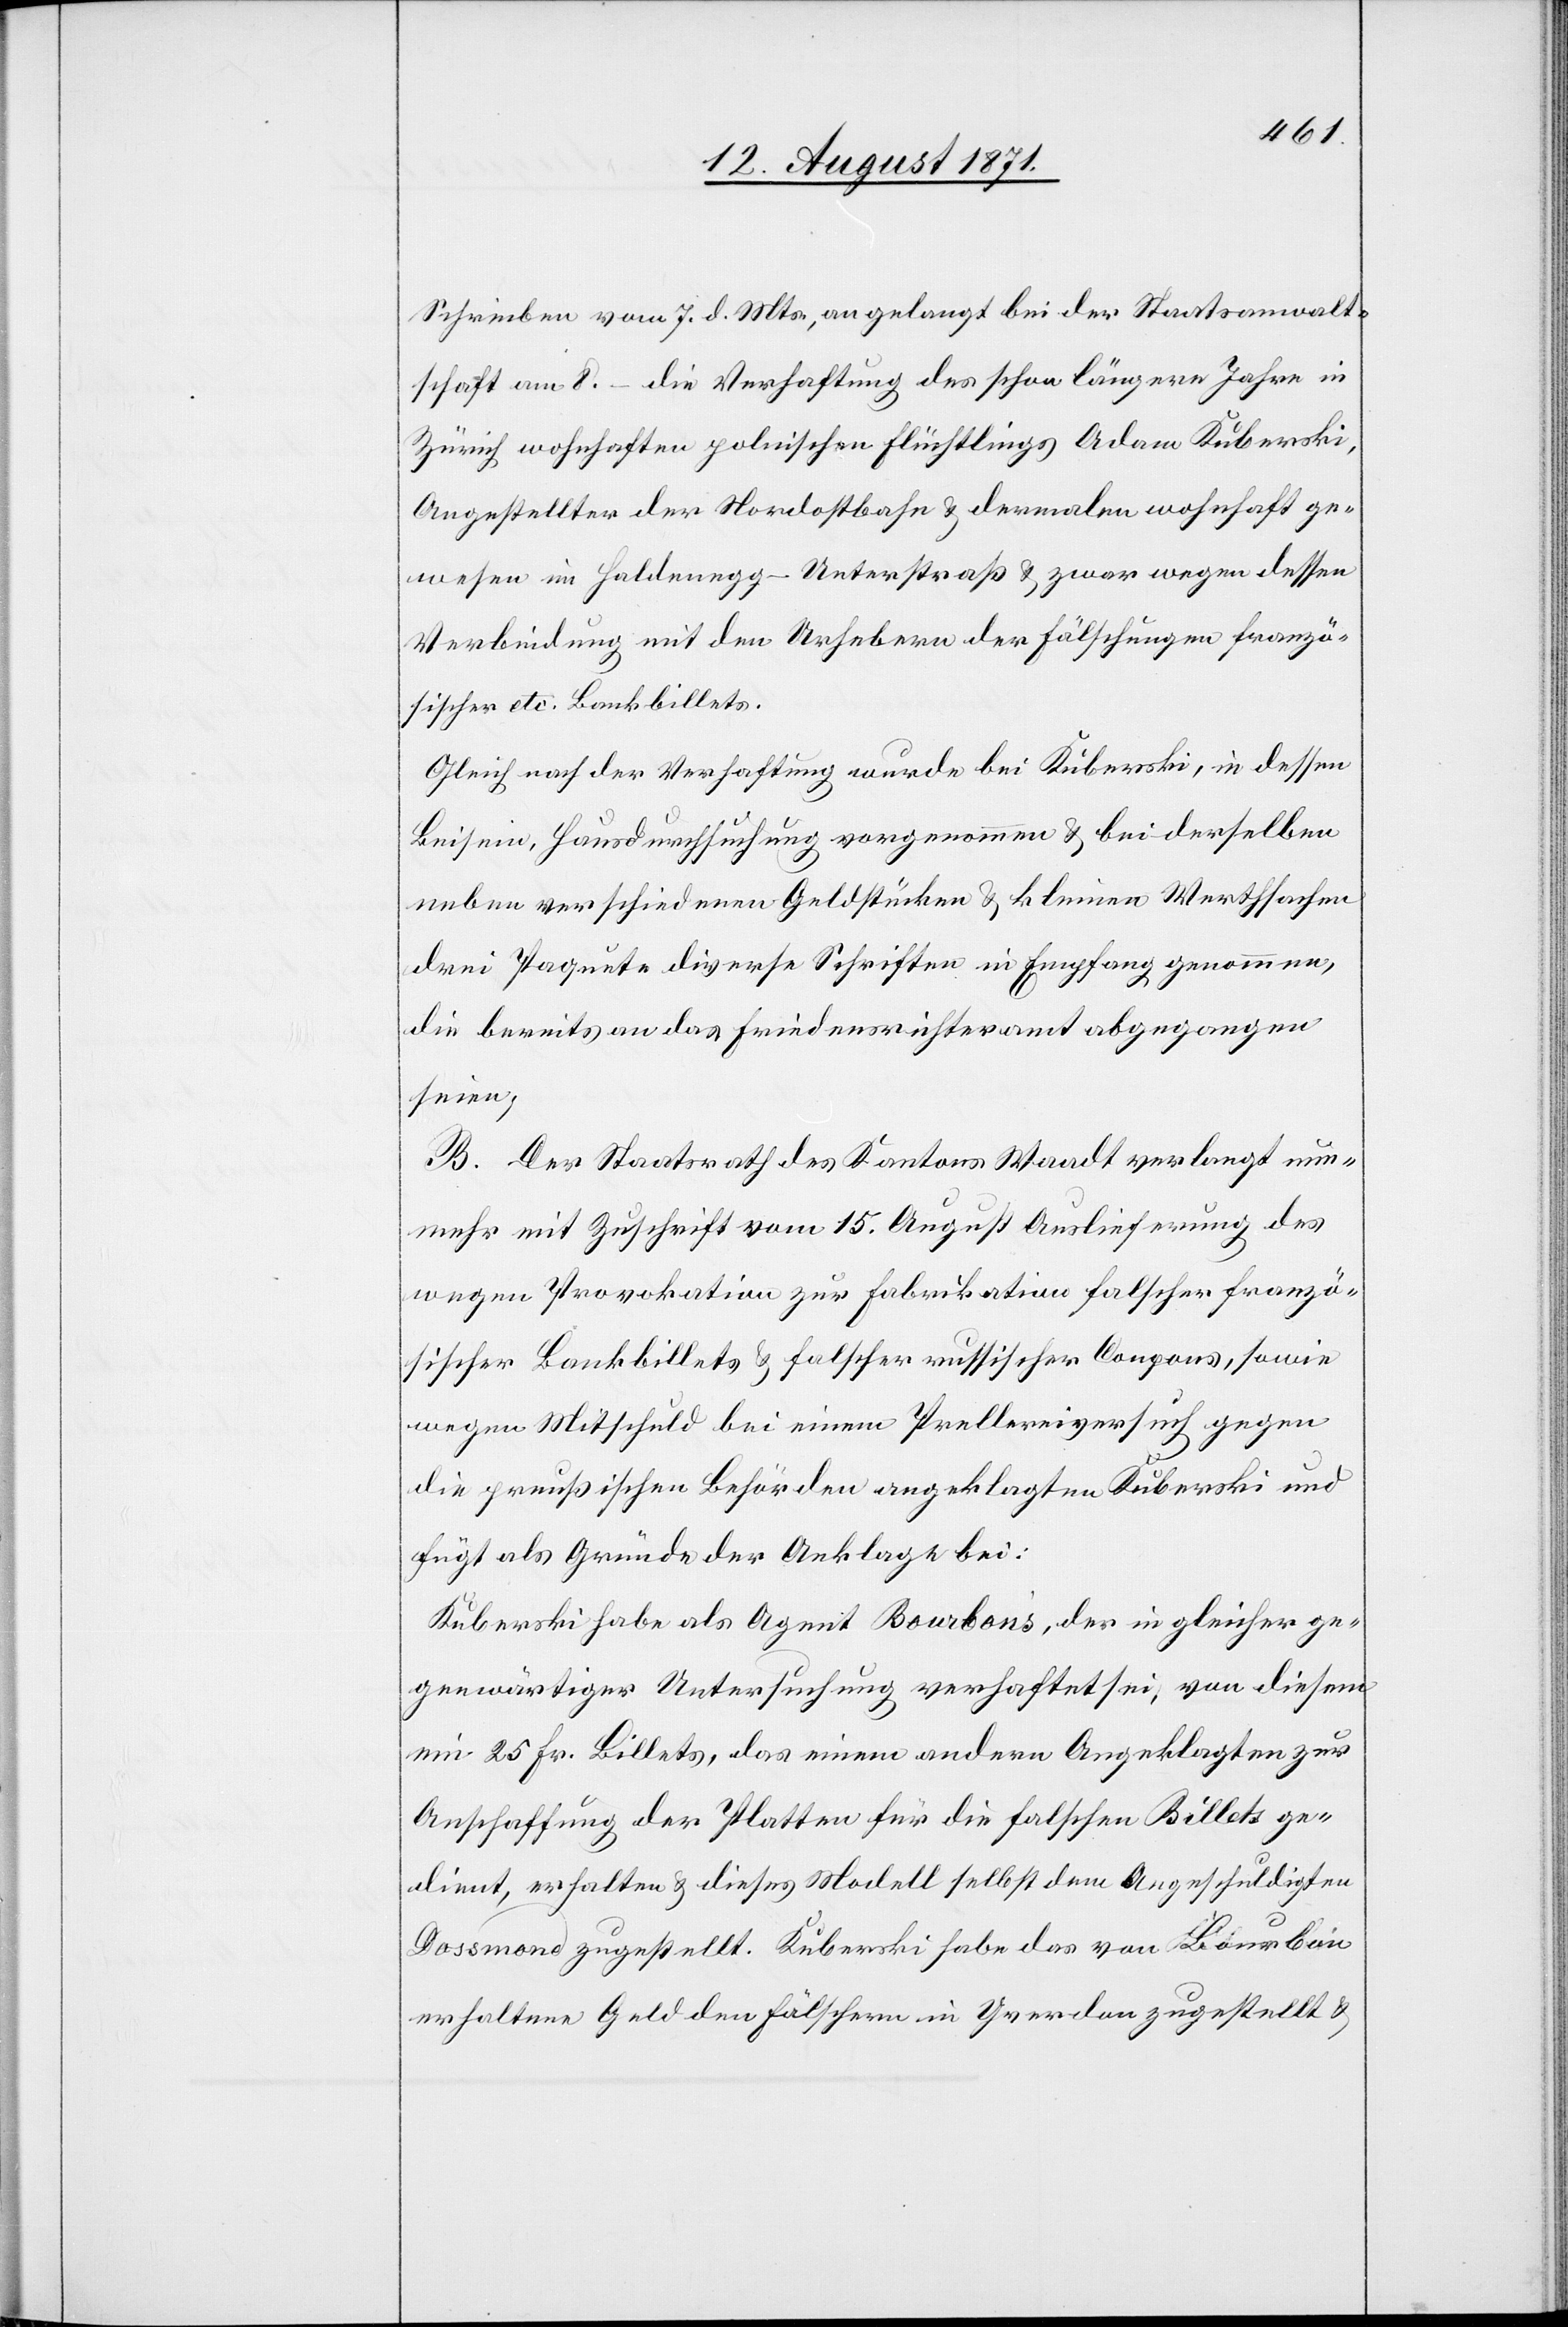
Schreiben vom 7. d. Mts, angelangt bei der Staatsanwalt¬
schaft am 8. – die Verhaftung des schon längere Jahre in
Zürich wohnhaften polnischen Flüchtlings Adam Kuberski,
Angestellter der Nordostbahn & dermalen wohnhaft ge¬
wesen in Haldenegg-Unterstraß & zwar wegen dessen
Verbindung mit den Urhebern der Fälschungen franzö¬
sischer etc. Bankbillets.
Gleich nach der Verhaftung wurde bei Kuberski, in dessen
Beisein, Hausdurchsuchung vorgenommen & bei derselben
neben verschiedenen Geldstücken & kleinen Werthsachen
drei Paquete diverse Schriften in Empfang genommen,
die bereits an das Friedensrichteramt abgegangen
seien;
B. Der Staatsrath des Kantons Waadt verlangt nun¬
mehr mit Zuschrift vom 15. August Auslieferung des
wegen Provokation zur Fabrikation falscher franzö¬
sischer Bankbillets & falscher russischer Coupons, sowie
wegen Mitschuld bei einem Prellereiversuch gegen
die preußischen Behörden angeklagten Kuberski und
fügt als Gründe der Anklage bei:
Kuberski habe als Agent Bourbon’s, der in gleicher ge¬
genwärtiger Untersuchung verhaftet sei, von diesem
ein 25 Fr. Billets, das einem andern Angeklagten zur
Anschaffung der Platten für die falschen Billets ge¬
dient, erhalten & dieses Modell selbst dem Angeschuldigten
Dossmond zugestellt. Kuberski habe das von Bourbon
erhaltene Geld den Fälschern in Yverdon zugestellt &